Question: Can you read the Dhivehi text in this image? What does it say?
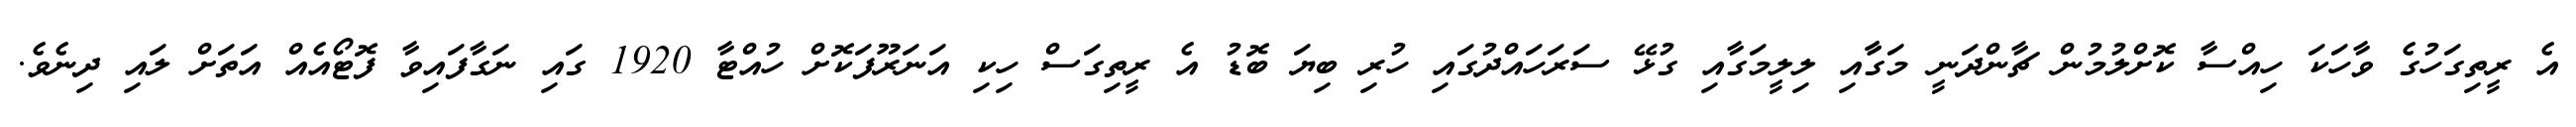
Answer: އެ ރީތިގަހުގެ ވާހަކަ ހިއްސާ ކޮށްލުމުން ޗާންދަނީ މަގާާއި ލިލީމަގާއި ގުޅޭ ސަރަހައްދުގައި ހުރި ބިޔަ ބޮޑު އެ ރީތިގަސް ހިކި އަނަރޫފަކޮށް ހުއްޓާ 1920 ގައި ނަގާފައިވާ ފޮޓޯއެއް އަތަށް ލައި ދިނެވެ.